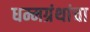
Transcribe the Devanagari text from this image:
धम्मग्रंथांचा